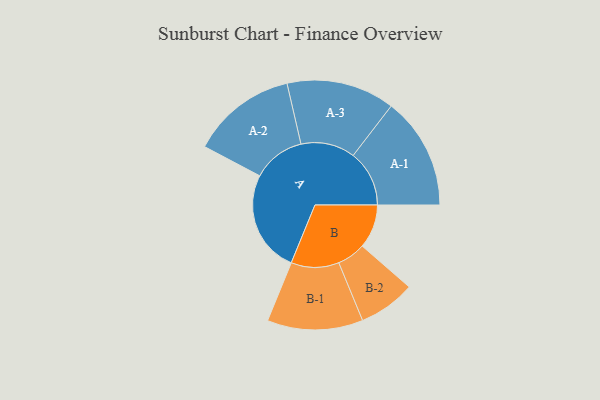
{"axis": {"x": "Segment", "y": "Value"}, "legend": ["", "A", "B"], "data": [{"x": "A", "y": 410, "type": ""}, {"x": "B", "y": 176, "type": ""}, {"x": "A-1", "y": 225, "type": "A"}, {"x": "A-2", "y": 211, "type": "A"}, {"x": "A-3", "y": 217, "type": "A"}, {"x": "B-1", "y": 192, "type": "B"}, {"x": "B-2", "y": 114, "type": "B"}]}